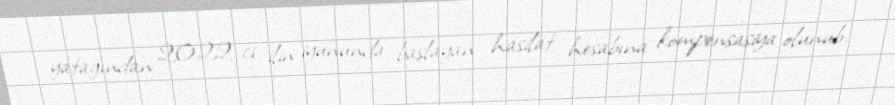
yatağından 2022-ci ilin iyununda başlayan hasilat hesabına kompensasiya olunub.